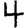
Digit: 4